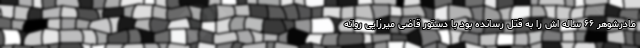
مادرشوهر ۶۶ ساله اش را به قتل رسانده بود با دستور قاضی میرزایی روانه